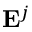
\mathbf { E } ^ { j }